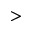
>